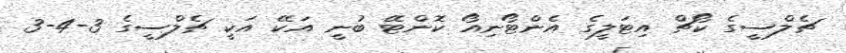
ޗެލްސީގެ ކޯޗް އިޓަލީގެ އެންޓޯނިއޯ ކޮންޓޭ ބުނީ އަކޭ އަކީ ޗެލްސީގެ 3-4-3